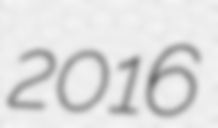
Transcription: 2016